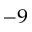
^ { - 9 }